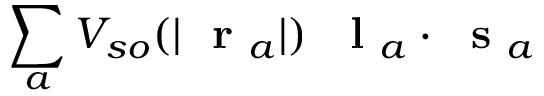
\sum _ { a } V _ { s o } ( | \mathrm { ~ \bf ~ r ~ } _ { a } | ) \; \mathrm { ~ \bf ~ l ~ } _ { a } \cdot \mathrm { ~ \bf ~ s ~ } _ { a }